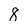
Character: 8